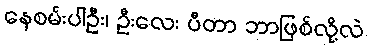
နေစမ်းပါဦး၊ ဦးလေး ပီတာ ဘာဖြစ်လို့လဲ